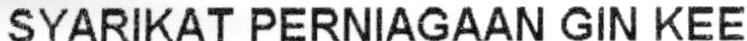
SYARIKAT PERNIAGAAN GIN KEE